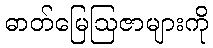
ဓာတ်မြေဩဇာများကို